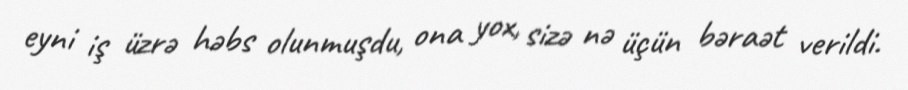
eyni iş üzrə həbs olunmuşdu, ona yox, sizə nə üçün bəraət verildi.